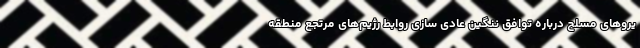
یروهای مسلح درباره توافق ننگین عادی سازی روابط رژیم‌های مرتجع منطقه